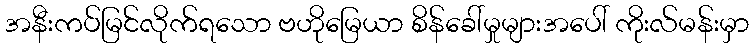
အနီးကပ်မြင်လိုက်ရသော ဗဟိုမြေယာ စိန်ခေါ်မှုများအပေါ် ကိုးလ်မန်းမှာ